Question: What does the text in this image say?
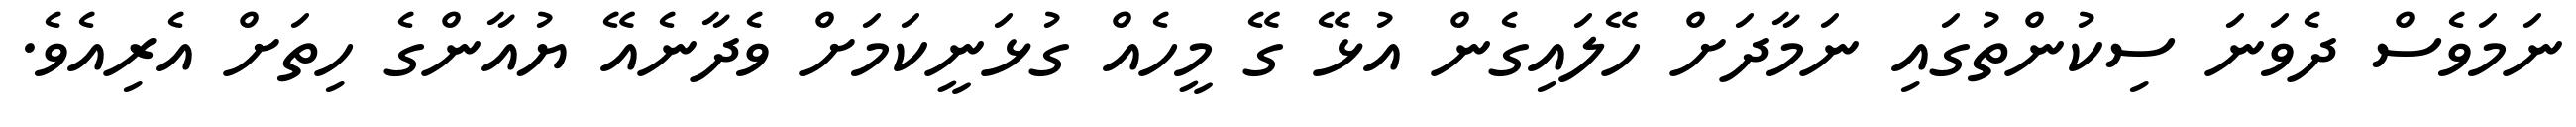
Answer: ނަމަވެސް ދެވަނަ ސިކުންތުގައި ނަމާދަށް ހޭލައިގެން އުޅޭ ގޭ މީހެއް ގުޅަނީކަމަށް ވެދާނެއޭ ޔުއާންގެ ހިތަށް އެރިއެވެ.